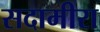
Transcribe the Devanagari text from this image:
सदामीरा